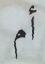
أم